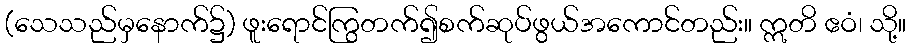
(သေသည်မှနောက်၌) ဖူးရောင်ကြွတက်၍စက်ဆုပ်ဖွယ်အကောင်တည်း။ ဣတိ ဧဝံ၊ သို့။